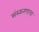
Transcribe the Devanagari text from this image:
संस्करणाचा